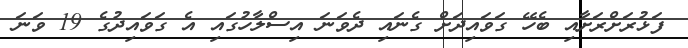
ފަޅުރަށްރަށާއި ބެހޭ ގަވައިދަށް ގެނައި ދެވަނަ އިސްލާހުގައި އެ ގަވައިދުގެ 19 ވަނަ